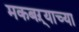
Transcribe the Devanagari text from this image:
मकबऱ्याच्या